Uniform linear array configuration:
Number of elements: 4
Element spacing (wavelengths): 0.75
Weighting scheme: hann
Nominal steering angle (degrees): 45
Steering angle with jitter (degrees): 45.169
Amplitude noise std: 0.05
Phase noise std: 0.05

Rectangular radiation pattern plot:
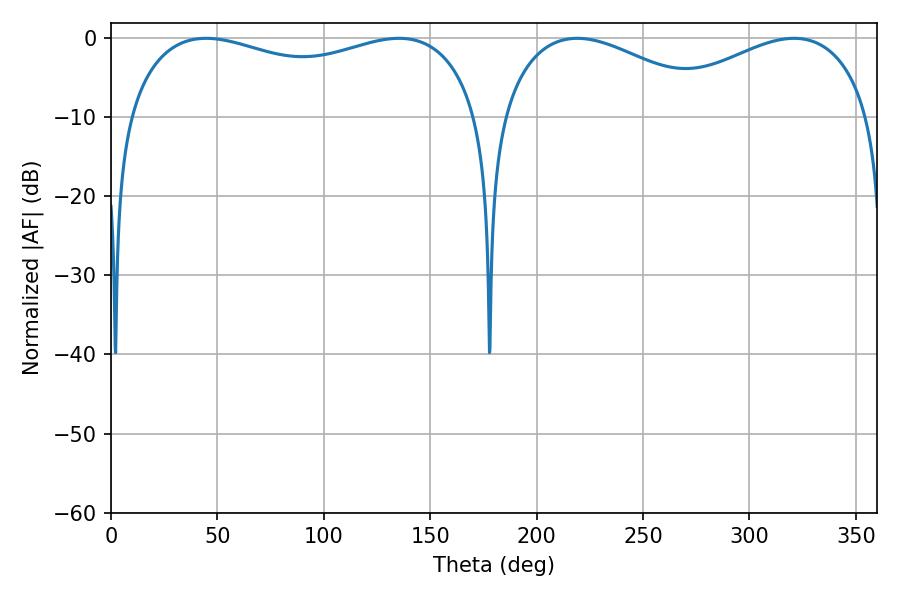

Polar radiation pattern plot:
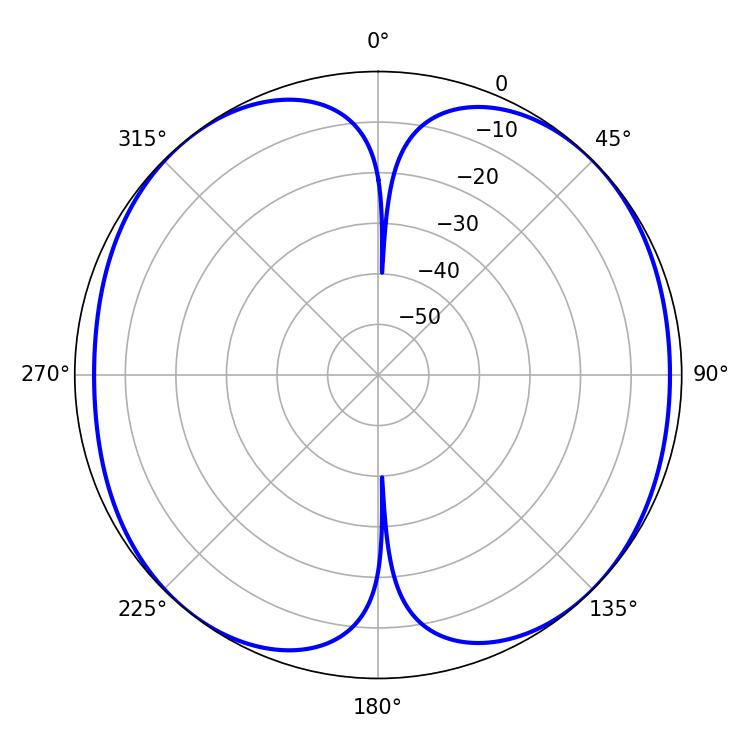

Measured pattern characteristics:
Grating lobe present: TRUE
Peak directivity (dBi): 11.211
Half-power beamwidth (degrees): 57.06
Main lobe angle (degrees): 219.06